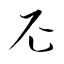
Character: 尼